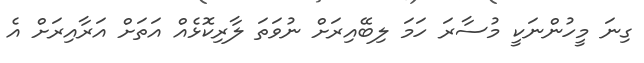
ގިނަ މީހުންނަކީ މުސާރަ ހަމަ ލިބޭއިރަށް ނުވަތަ ލާރިކޮޅެއް އަތަށް އަރާއިރަށް އެ